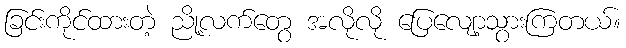
ခြင်းကိုင်ထားတဲ့ ညို့လက်တွေ အလိုလို ပြေလျော့သွားကြတယ်။